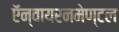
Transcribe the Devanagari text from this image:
ऍन्वायरनमेण्टल